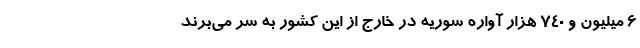
۶ میلیون و ۷۴۰ هزار آواره سوریه در خارج از این کشور به سر می‌برند